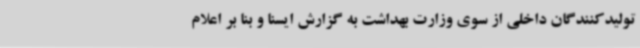
تولیدکنندگان داخلی از سوی وزارت بهداشت به گزارش ایسنا و بنا بر اعلام